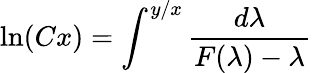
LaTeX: \ln(Cx)=\int^{y/x}{\frac{d\lambda}{F(\lambda)-\lambda}}\,